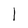
Character: l